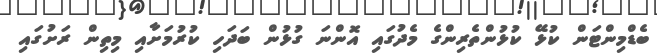
ބެޑްމިންޓަން ކުޅޭ ކުޅުންތެރިންގެ މެދުގައި އޮންނަ ގުޅުން ބަދަހި ކުރުމަށާއި މިތިން ރަށުގައި